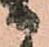
る